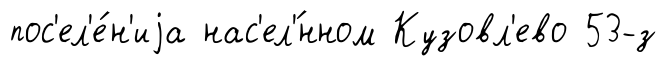
пос'ел'е́н'иjа нас'ел'́нном Кузовл'ево 53-з